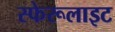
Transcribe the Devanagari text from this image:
स्फेरूलाइट